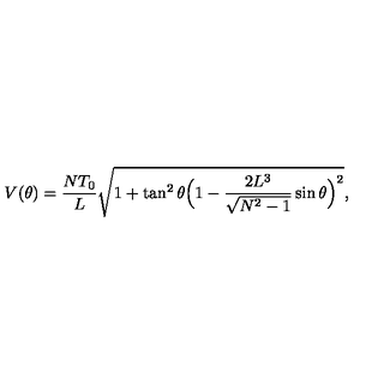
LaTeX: V ( \theta ) = \frac { N T _ { 0 } } { L } \sqrt { 1 + \tan ^ { 2 } { \theta } \Bigl ( 1 - \frac { 2 L ^ { 3 } } { \sqrt { N ^ { 2 } - 1 } } \sin { \theta } \Bigr ) ^ { 2 } } ,